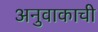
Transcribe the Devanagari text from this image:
अनुवाकाची